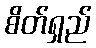
စိတ်ရှည်